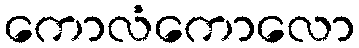
ကောလံကောလော